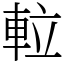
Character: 𨋢